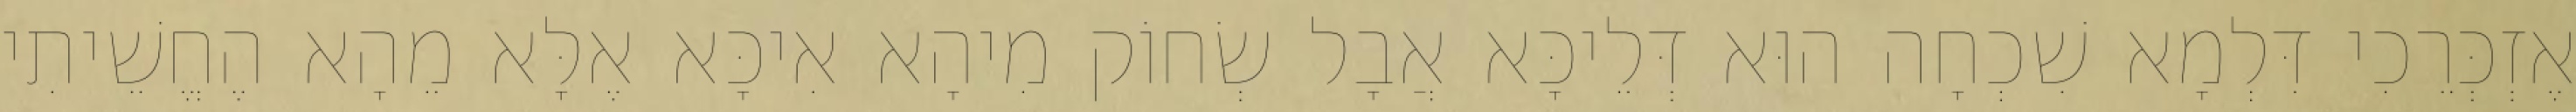
אֶזְכְּרֵכִי דִּלְמָא שִׁכְחָה הוּא דְּלֵיכָּא אֲבָל שְׂחוֹק מִיהָא אִיכָּא אֶלָּא מֵהָא הֶחֱשֵׁיתִי